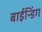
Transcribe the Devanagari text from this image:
बाईन्डिंग